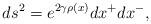
LaTeX: \begin{align*}ds^{2}= e^{2\gamma\rho(x)} dx^{+}dx^{-},\end{align*}